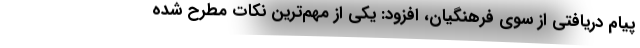
پیام دریافتی از سوی فرهنگیان، افزود: یکی از مهم‌ترین نکات مطرح شده